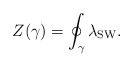
\begin{align*}Z(\gamma) = \oint_\gamma \lambda_{\rm SW} .\end{align*}